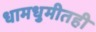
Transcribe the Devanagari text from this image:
धामधुमीतही